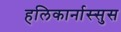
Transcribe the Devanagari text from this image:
हलिकार्नास्सुस